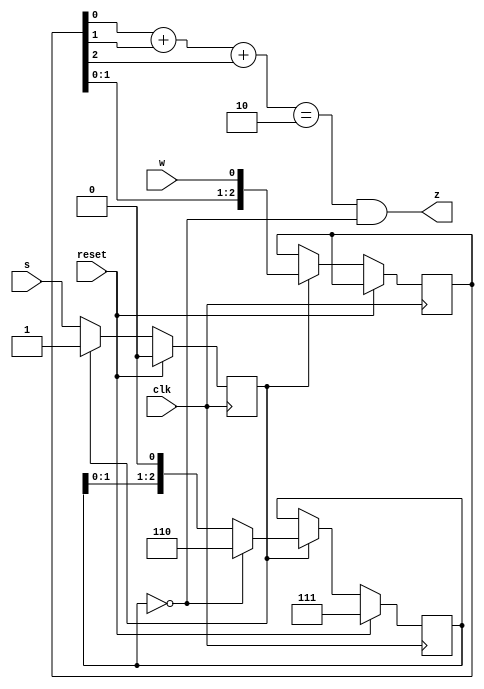
module top_module (
    input clk,
    input reset,   // Synchronous reset
    input s,
    input w,
    output z
);
    reg state;
    reg [2:0] bits;
    reg [2:0] counts;
    always @(posedge clk) begin
        if (reset) begin
            state <= 0;
            counts <= 3'b111;
        end
        else begin
            if (~state)
                state <= s;
            else begin
                bits <= {bits[1:0], w};
                if (counts == 0)
                    counts <= 3'b110;
                else
                    counts <= {counts[1:0], 1'b0};
            end
        end
    end
    
    assign z = ((bits[0] + bits[1] + bits[2]) == 2) & (counts == 0);
endmodule